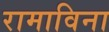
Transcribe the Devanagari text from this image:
रामाविना